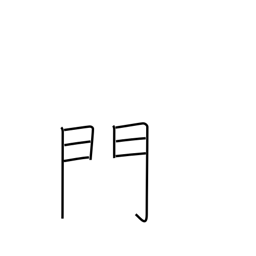
Meaning: gate